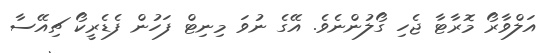
އަލްވާރޯ މޮރާޓާ ޖެހި ގޯލުންނެވެ. އޭގެ ނުވަ މިނިޓް ފަހުން ފެޑެރީކޯ ޗިއޭސާ